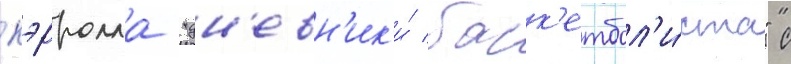
кэрролла "дн'евн'ик'и́ баск'етбол'и́ста" с